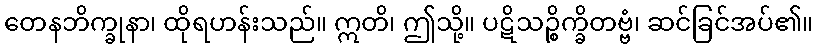
တေနဘိက္ခုနာ၊ ထိုရဟန်းသည်။ ဣတိ၊ ဤသို့။ ပဋိသဉ္စိက္ခိတဗ္ဗံ၊ ဆင်ခြင်အပ်၏။